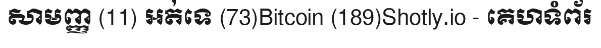
សាមញ្ញ (11) អត់ទេ (73)Bitcoin (189)Shotly.io - គេហទំព័រ